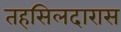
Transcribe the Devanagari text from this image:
तहसिलदारास